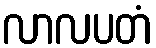
လာလပတံ